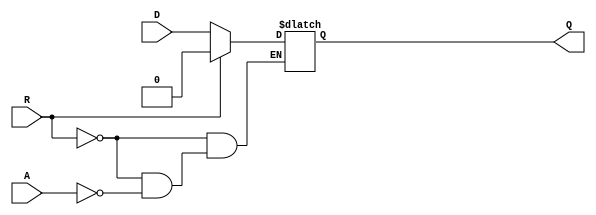
module async_register (
    input wire D,         // Data input
    input wire A,         // Asynchronous control signal
    input wire R,         // Reset signal
    output reg Q          // Data output
);

// Asynchronous logic for capturing data and reset
always @(*) begin
    if (R) begin
        // When reset is asserted, set output to 0
        Q = 1'b0;
    end else if (A) begin
        // When control signal A is asserted, capture D
        Q = D;
    end
    // If neither R nor A is asserted, Q retains its previous value
end

endmodule